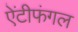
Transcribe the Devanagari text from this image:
ऐंटीफंगल